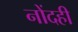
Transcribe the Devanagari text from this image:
नोंदही